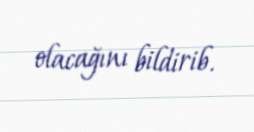
olacağını bildirib.